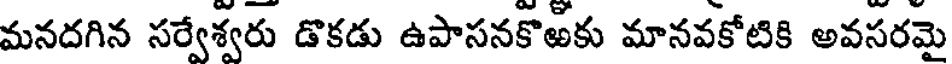
మనదగిన సర్వేశ్వరు డొకడు ఉపాసనకొఱకు మానవకోటికి అవసరమై